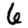
Digit: 6